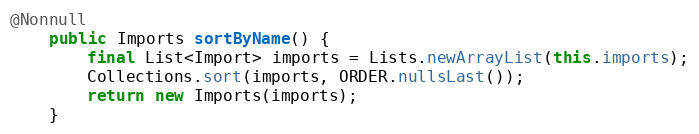
Language: Java
@Nonnull
	public Imports sortByName() {
		final List<Import> imports = Lists.newArrayList(this.imports);
		Collections.sort(imports, ORDER.nullsLast());
		return new Imports(imports);
	}